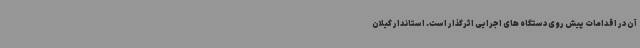
آن در اقدامات پیش روی دستگاه های اجرایی اثرگذار است. استاندار گیلان